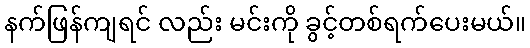
နက်ဖြန်ကျရင် လည်း မင်းကို ခွင့်တစ်ရက်ပေးမယ်။